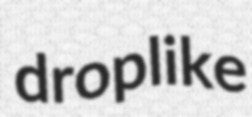
droplike